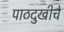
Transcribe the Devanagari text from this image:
पाठदुखीचे